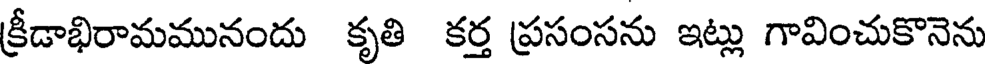
క్రీడాభిరామమునందు కృతి కర్త ప్రసంసను ఇట్లు గావించుకొనెను